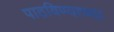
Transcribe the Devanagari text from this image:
पाठविण्याच्या